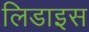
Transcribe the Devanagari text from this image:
लिडाइस